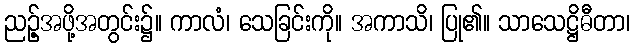
ညဉ့်အဖို့အတွင်း၌။ ကာလံ၊ သေခြင်းကို။ အကာသိ၊ ပြု၏။ သာသေဋ္ဌိဓီတာ၊